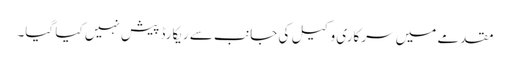
مقدمے میں سرکاری وکیل کی جانب سے ریکارڈ پیش نہیں کیا گیا۔